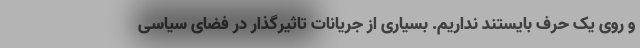
و روی یک حرف بایستند نداریم. بسیاری از جریانات تاثیرگذار در فضای سیاسی